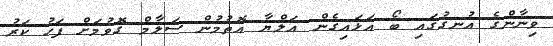
ވިނާންގެ އުނގުގައި ބޯ އަޅައިގެން އަލްޔާ އޮތުމުން ސަލާމް ގޮވުމަށް ފަހު ކަރު